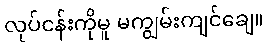
လုပ်ငန်းကိုမူ မကျွမ်းကျင်ချေ။